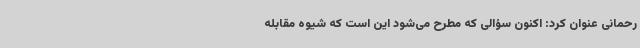
رحمانی عنوان کرد: اکنون سؤالی که مطرح می‌شود این است که شیوه مقابله